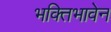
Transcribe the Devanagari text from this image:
भक्तिभावेन